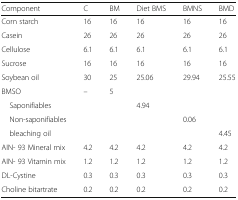
<table><thead><tr><td><b>Component</b></td><td><b>C</b></td><td><b>BM</b></td><td><b>Diet BMS</b></td><td><b>BMNS</b></td><td><b>BMD</b></td></tr></thead><tbody><tr><td>Corn starch</td><td>16</td><td>16</td><td>16</td><td>16</td><td>16</td></tr><tr><td>Casein</td><td>26</td><td>26</td><td>26</td><td>26</td><td>26</td></tr><tr><td>Cellulose</td><td>6.1</td><td>6.1</td><td>6.1</td><td>6.1</td><td>6.1</td></tr><tr><td>Sucrose</td><td>16</td><td>16</td><td>16</td><td>16</td><td>16</td></tr><tr><td>Soybean oil</td><td>30</td><td>25</td><td>25.06</td><td>29.94</td><td>25.55</td></tr><tr><td>BMSO</td><td>–</td><td>5</td><td></td><td></td><td></td></tr><tr><td> Saponifiables</td><td></td><td></td><td>4.94</td><td></td><td></td></tr><tr><td> Non-saponifiables</td><td></td><td></td><td></td><td>0.06</td><td></td></tr><tr><td> bleaching oil</td><td></td><td></td><td></td><td></td><td>4.45</td></tr><tr><td>AIN- 93 Mineral mix</td><td>4.2</td><td>4.2</td><td>4.2</td><td>4.2</td><td>4.2</td></tr><tr><td>AIN- 93 Vitamin mix</td><td>1.2</td><td>1.2</td><td>1.2</td><td>1.2</td><td>1.2</td></tr><tr><td>DL-Cystine</td><td>0.3</td><td>0.3</td><td>0.3</td><td>0.3</td><td>0.3</td></tr><tr><td>Choline bitartrate</td><td>0.2</td><td>0.2</td><td>0.2</td><td>0.2</td><td>0.2</td></tr></tbody></table>